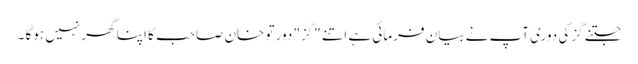
جتنے گز کی دوری آپ نے بیان فرمائی ہے اتنے "گز" دور تو خان صاحب کا اپنا گھر نہیں ہوگا ۔